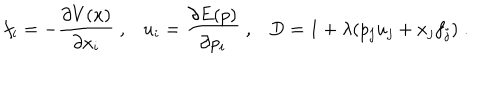
f _ { i } = - \frac { \partial V ( x ) } { \partial x _ { i } } \; , u _ { i } = \frac { \partial E ( p ) } { \partial p _ { i } } \; , D = 1 + \lambda ( p _ { j } u _ { j } + x _ { j } f _ { j } ) \; .